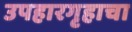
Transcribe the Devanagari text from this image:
उपहारगृहाचा